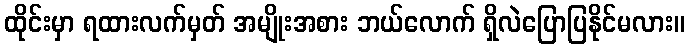
ထိုင်းမှာ ရထားလက်မှတ် အမျိုးအစား ဘယ်လောက် ရှိလဲပြောပြနိုင်မလား။